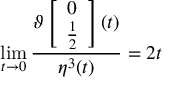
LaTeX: \operatorname * { l i m } _ { t \rightarrow 0 } \frac { \vartheta \left[ \begin{array} { c } { { 0 } } \\ { { \frac { 1 } { 2 } } } \end{array} \right] ( t ) } { \eta ^ { 3 } ( t ) } = 2 t